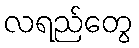
လရည်တွေ